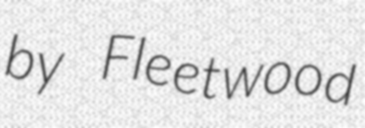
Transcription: by Fleetwood